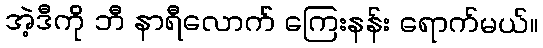
အဲ့ဒီကို ဘီ နာရီလောက် ကြေးနန်း ရောက်မယ်။